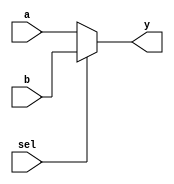
module mux2to1 (
    input wire a,       // Input signal a
    input wire b,       // Input signal b
    input wire sel,     // Select signal
    output reg y        // Output signal y
);

// Always block for combinational logic
always @(*) begin
    // Procedural assignment using `=` for immediate assignment
    if (sel) begin
        y = b;          // If sel is high, assign b to y
    end else begin
        y = a;          // If sel is low, assign a to y
    end
end

endmodule